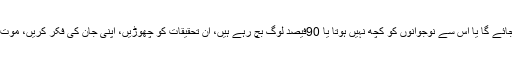
لوگ یہ بات چھوڑ دیں کہ گرمی پڑے گی تو وائرس ختم ہو جائے گا یا اس سے نوجوانوں کو کچھ نہیں ہوتا یا 90فیصد لوگ بچ رہے ہیں، ان تحقیقات کو چھوڑیں، اپنی جان کی فکر کریں، موت یہ نہیں دیکھے گی کہ آپ 97فیصد میں سے ہیں یا نہیں ہیں۔